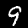
Label: 9